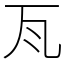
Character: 𭺛